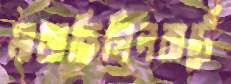
মাজছিগিলবার্টে